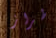
طراز